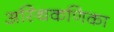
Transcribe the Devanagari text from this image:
अस्थिकणिका